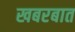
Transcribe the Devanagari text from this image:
खबरबात